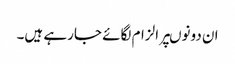
ان دونوںپر الزام لگائے جارہے ہیں۔